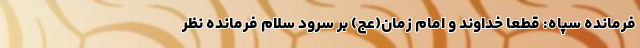
فرمانده سپاه: قطعاً خداوند و امام زمان(عج) بر سرود سلام فرمانده نظر